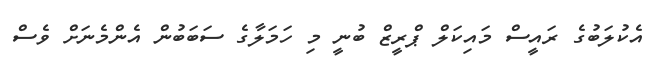
އެކުލަބުގެ ރައީސް މައިކަލް ޕްރީޒް ބުނީ މި ހަމަލާގެ ސަބަބުން އެންމެނަށް ވެސް